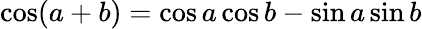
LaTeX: \cos(a+b)=\cos a\cos b-\sin a\sin b